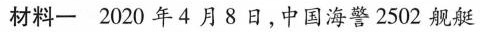
材料-2020年4月8日，中国海警2502舰艇